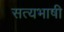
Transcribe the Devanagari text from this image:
सत्यभाषी